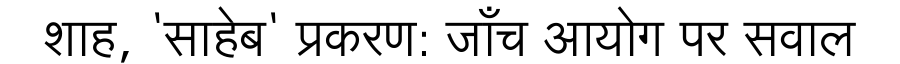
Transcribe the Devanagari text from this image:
शाह, 'साहेब' प्रकरण: जाँच आयोग पर सवाल